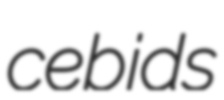
cebids